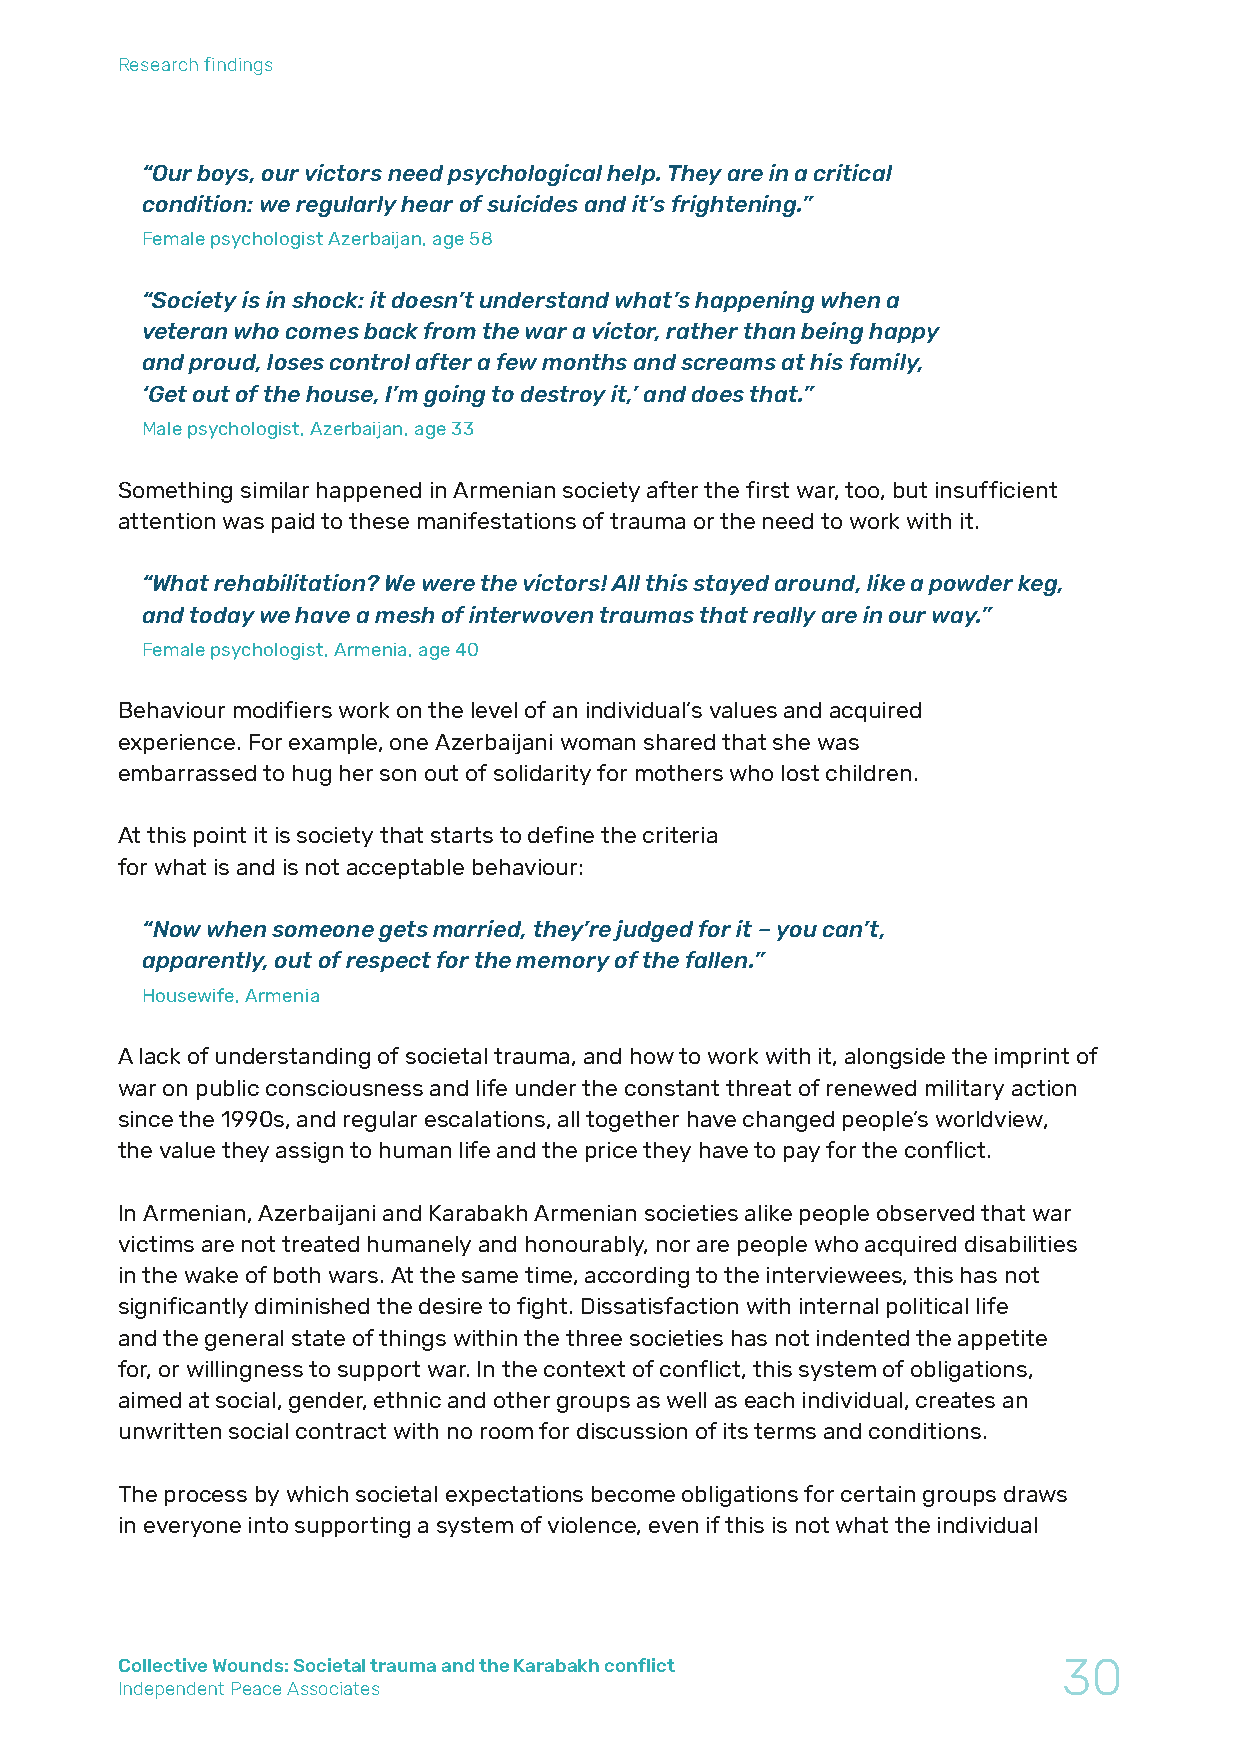
Research findings
 “Our boys, our victors need psychological help. They are in a critical
 condition: we regularly hear of suicides and it’s frightening.”
 Female psychologist Azerbaijan, аgе 58
 “Society is in shock: it doesn’t understand what’s happening when a
 veteran who comes back from the war a victor, rather than being happy
 and proud, loses control after a few months and screams at his family,
 ‘Get out of the house, I’m going to destroy it,’ and does that.”
 Male psychologist, Azerbaijan, age 33
 Something similar happened in Armenian society after the first war, too, but insufficient
 attention was paid to these manifestations of trauma or the need to work with it.
 “What rehabilitation? We were the victors! All this stayed around, like a powder keg,
 and today we have a mesh of interwoven traumas that really are in our way.”
 Female psychologist, Armenia, age 40
 Behaviour modifiers work on the level of an individual’s values and acquired
 experience. For example, one Azerbaijani woman shared that she was
 embarrassed to hug her son out of solidarity for mothers who lost children.
 At this point it is society that starts to define the criteria
 for what is and is not acceptable behaviour:
 “Now when someone gets married, they’re judged for it – you can’t,
 apparently, out of respect for the memory of the fallen.”
 Housewife, Armenia
 A lack of understanding of societal trauma, and how to work with it, alongside the imprint of
 war on public consciousness and life under the constant threat of renewed military action
 since the 1990s, and regular escalations, all together have changed people’s worldview,
 the value they assign to human life and the price they have to pay for the conflict.
 In Armenian, Azerbaijani and Karabakh Armenian societies alike people observed that war
 victims are not treated humanely and honourably, nor are people who acquired disabilities
 in the wake of both wars. At the same time, according to the interviewees, this has not
 significantly diminished the desire to fight. Dissatisfaction with internal political life
 and the general state of things within the three societies has not indented the appetite
 for, or willingness to support war. In the context of conflict, this system of obligations,
 aimed at social, gender, ethnic and other groups as well as each individual, creates an
 unwritten social contract with no room for discussion of its terms and conditions.
 The process by which societal expectations become obligations for certain groups draws
 in everyone into supporting a system of violence, even if this is not what the individual
 Collective Wounds: Societal trauma and the Karabakh conflict  30
 Independent Peace Associates